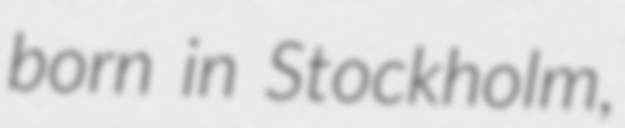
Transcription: born in Stockholm,